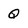
Character: Q